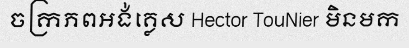
ចក្រភពអង់គ្លេស Hector TouNier មិនមក